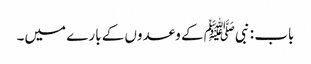
باب : نبیﷺ کے وعدوں کے بارے میں۔